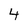
Character: 4